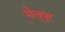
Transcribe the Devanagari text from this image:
भेलूपुर